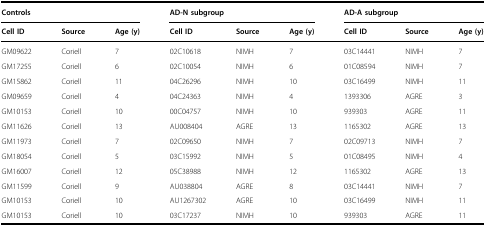
| <COLSPAN=3> Controls | <COLSPAN=3> AD-N subgroup | <COLSPAN=3> AD-A subgroup |
 | Cell ID | Source | Age (y) | Cell ID | Source | Age (y) | Cell ID | Source | Age (y) |
 | --- | --- | --- | --- | --- | --- | --- | --- | --- |
 | GM09622 | Coriell | 7 | 02C10618 | NIMH | 7 | 03C14441 | NIMH | 7 |
 | GM17255 | Coriell | 6 | 02C10054 | NIMH | 6 | 01C08594 | NIMH | 7 |
 | GM15862 | Coriell | 11 | 04C26296 | NIMH | 10 | 03C16499 | NIMH | 11 |
 | GM09659 | Coriell | 4 | 04C24363 | NIMH | 4 | 1393306 | AGRE | 3 |
 | GM10153 | Coriell | 10 | 00C04757 | NIMH | 10 | 939303 | AGRE | 11 |
 | GM11626 | Coriell | 13 | AU008404 | AGRE | 13 | 1165302 | AGRE | 13 |
 | GM11973 | Coriell | 7 | 02C09650 | NIMH | 7 | 02C09713 | NIMH | 7 |
 | GM18054 | Coriell | 5 | 03C15992 | NIMH | 5 | 01C08495 | NIMH | 4 |
 | GM16007 | Coriell | 12 | 05C38988 | NIMH | 12 | 1165302 | AGRE | 13 |
 | GM11599 | Coriell | 9 | AU038804 | AGRE | 8 | 03C14441 | NIMH | 7 |
 | GM10153 | Coriell | 10 | AU1267302 | AGRE | 10 | 03C16499 | NIMH | 11 |
 | GM10153 | Coriell | 10 | 03C17237 | NIMH | 10 | 939303 | AGRE | 11 |